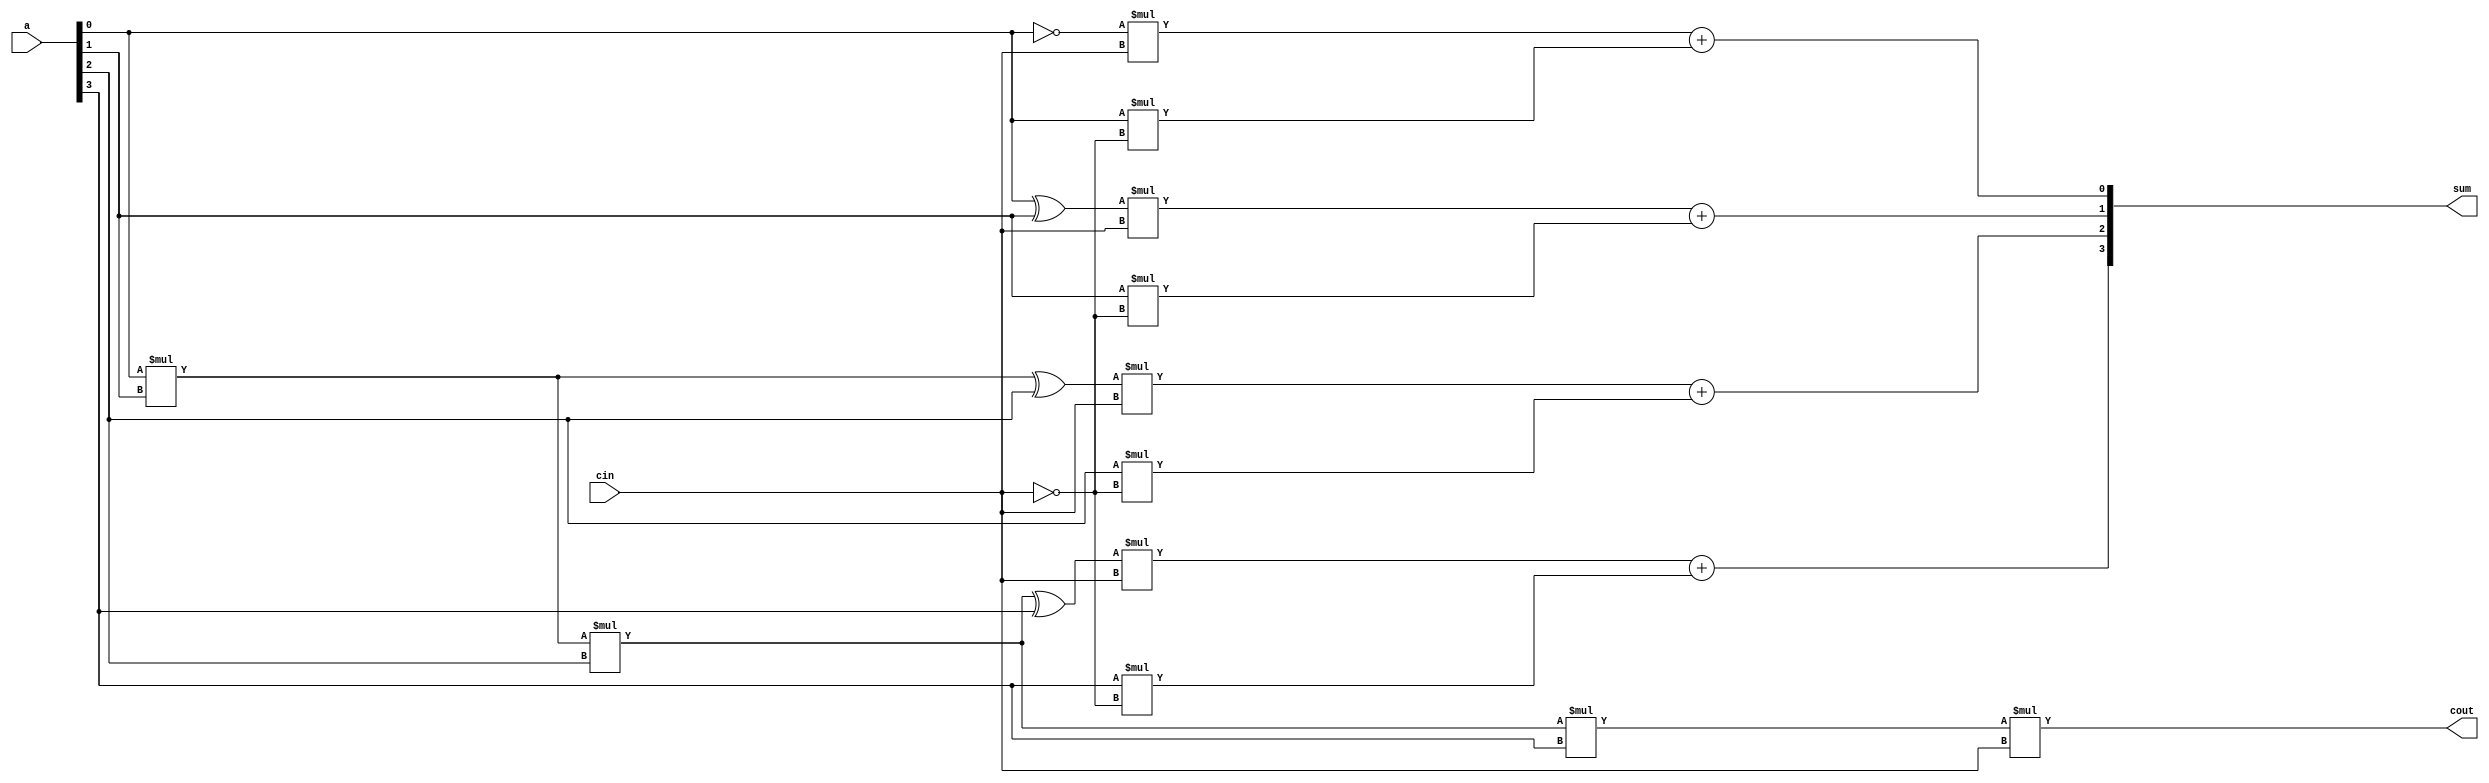
`timescale 1ns / 1ps
//////////////////////////////////////////////////////////////////////////////////
// Company: 
// Engineer: 
// 
// Design Name: 
// Module Name:    INCR 
// Project Name: 
// Target Devices: 
// Tool versions: 
// Description: 
//
// Dependencies: 
//
// Revision: 
// Revision 0.01 - File Created
// Additional Comments: 
//
//////////////////////////////////////////////////////////////////////////////////
module INCR(a,cin,sum,cout);

	// a,cin are the two inputs
	input [3:0] a; 
	input cin;
	
	// sum,cout	are the two outputs				
	output [3:0] sum;
	output cout;
	
	// incrementing 'a' if cin==1
	assign sum[0]=(~a[0])*cin+a[0]*(~cin);
	assign sum[1]=(a[0]^a[1])*cin+a[1]*(~cin);
	assign sum[2]=((a[0]*a[1])^a[2])*cin+a[2]*(~cin);
	assign sum[3]=((a[0]*a[1]*a[2])^a[3])*cin+a[3]*(~cin);
	assign cout=a[0]*a[1]*a[2]*a[3]*cin;


endmodule